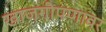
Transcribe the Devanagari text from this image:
खाजगीपणावर